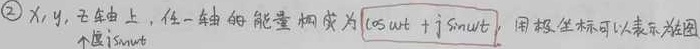
\textcircled{2} \(x,y,z\)轴上，任一轴的能量构成为 \(\cos\omega t + \mathrm{j}\sin\omega t\)，用极坐标可以表示为如图